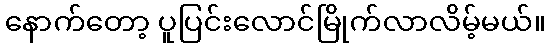
နောက်တော့ ပူပြင်းလောင်မြိုက်လာလိမ့်မယ်။